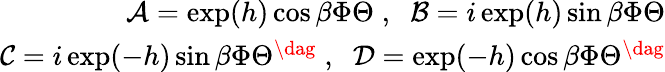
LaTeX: \begin{array}{r}{\mathcal{A}=\exp(h)\cos\beta\Phi\Theta\; ,\; \; \mathcal{B}=i\exp(h)\sin\beta\Phi\Theta}\\ {\mathcal{C}=i\exp(-h)\sin\beta\Phi\Theta^{\dag}\; ,\; \; \mathcal{D}=\exp(-h)\cos\beta\Phi\Theta^{\dag}}\end{array}